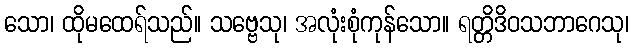
သော၊ ထိုမထေရ်သည်။ သဗ္ဗေသု၊ အလုံးစုံကုန်သော။ ရတ္တိဒိဝသဘာဂေသု၊